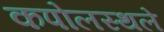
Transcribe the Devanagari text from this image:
कपोलस्थले